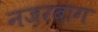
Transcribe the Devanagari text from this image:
नज़रबाग